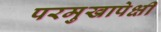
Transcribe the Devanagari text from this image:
परमुखापेक्षी